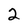
Character: 2